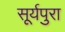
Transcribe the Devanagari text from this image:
सूर्यपुरा